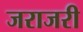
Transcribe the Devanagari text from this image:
जराजरी